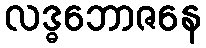
လဒ္ဓဘောဇနေ